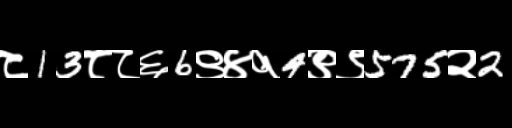
Text: ८13८८६6९४१4९९575२2